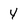
Character: 4